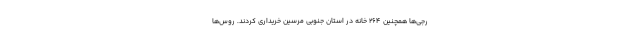
رجی‌ها همچنین ۲۶۴ خانه در استان جنوبی مرسین خریداری کردند. روس‌ها